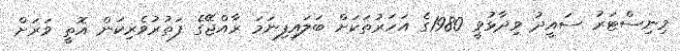
މިނިސްޓަރު ސައީދު ވިދާޅުވީ 1980ގެ އަހަރުތަކަށް ބަލައިފިނަމަ ރާއްޖޭގެ ފަތުރުވެރިކަން އޮތީ ވަރަށް